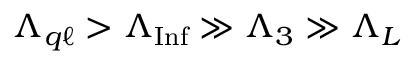
\Lambda _ { q \ell } > \Lambda _ { \mathrm { I n f } } \gg \Lambda _ { 3 } \gg \Lambda _ { L }